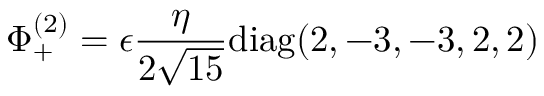
\Phi _ { + } ^ { ( 2 ) } = \epsilon { \frac { \eta } { 2 \sqrt { 1 5 } } } \mathrm { d i a g } ( 2 , - 3 , - 3 , 2 , 2 )